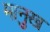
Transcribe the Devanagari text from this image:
मानुख